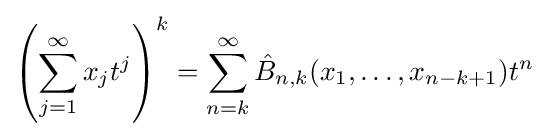
\left(\sum _{j=1}^{\infty }x_{j}t^{j}\right)^{k}=\sum _{n=k}^{\infty }{\hat {B}}_{n,k}(x_{1},\ldots ,x_{n-k+1})t^{n}